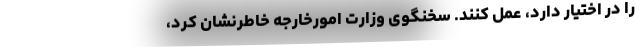
را در اختیار دارد، عمل کنند. سخنگوی وزارت امورخارجه خاطرنشان کرد،